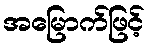
အမြောက်ဖြင့်